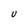
Character: U